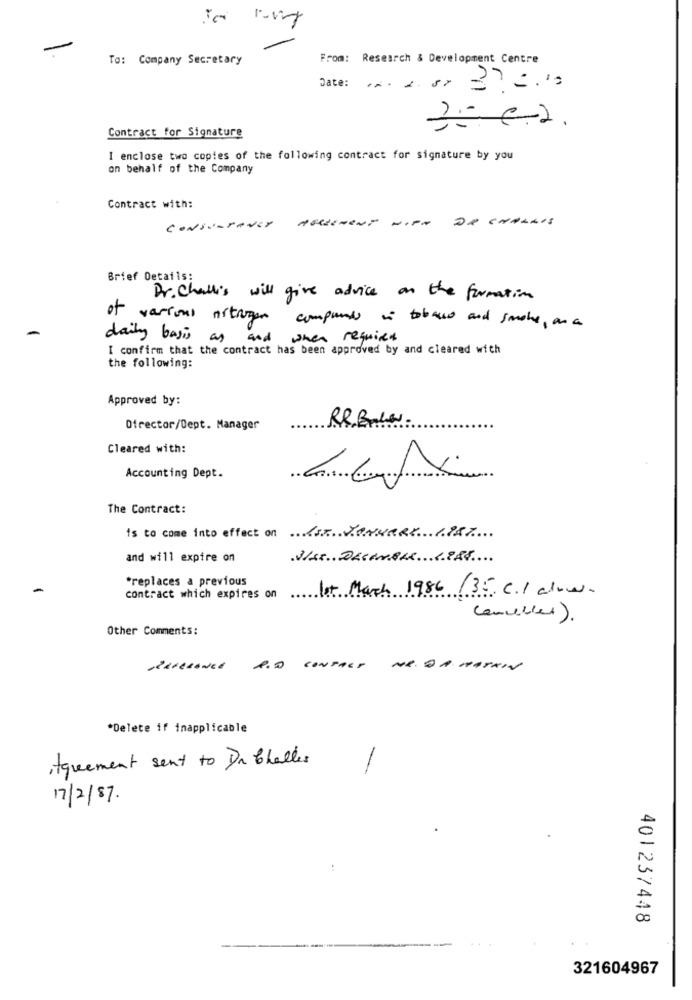
To: Company Secretary
From: Research & Development Centre
Date:
Contract for Signature
I enclose two copies of the following contract for signature by you
on behalf of the Company
Contract with:
AGREEMENT
De CHALAIS
CONSULTANES
Brief Details:
Dr. Chablis will give advice on the formation
of various nitrogen
companies in tobacco and smoke , an a
daily basis as
and when required
I confirm that the contract has been approved by and cleared with
the following:
Approved by:
Director/Dept. Manager
Cleared with:
Accounting Dept.
The Contract:
is to come into effect on ST JANUARY 1PAT
and will expire on
*replaces a previous
1st March 1986 /35 C1/ clow.
contract which expires on
Cancelled).
Other Comments:
R.O CONTACT
NR. DA MASKIN
*Delete if inapplicable
,Agreement sent to Dr Challes
-
17/2/87.
401237448
321604967